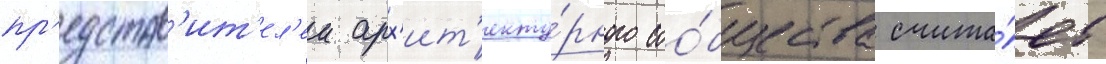
пр'едстав'ит'ел'еи арх'ит'екту́рного соо́бщества счита́ет